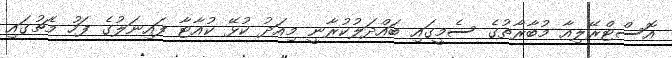
އޮސްޓްރޭލިއާ މުބާރާތުގެ ސެމީގައި ބައްދަލުކުރާނީ މިއަދު ކުޅޭ ކުއާޓާ ފައިނަލުގެ ފަހު މެޗުގައި